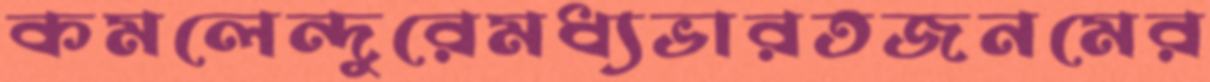
কমলেন্দুরেমধ্যভারতজনমের